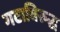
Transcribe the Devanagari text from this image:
गटाविरुद्ध